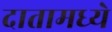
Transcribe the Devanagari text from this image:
दातामध्ये